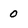
Character: 0